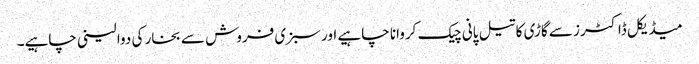
میڈیکل ڈاکٹرز سے گاڑی کا تیل پانی چیک کروانا چاہیے اور سبزی فروش سے بخار کی دوا لینی چاہیے۔